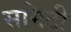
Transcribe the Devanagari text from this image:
समिटी